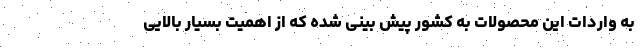
به واردات این محصولات به کشور پیش بینی شده که از اهمیت بسیار بالایی